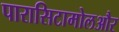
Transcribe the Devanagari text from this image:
पारासिटामोलऔर